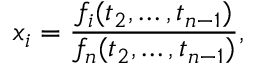
x _ { i } = { \frac { f _ { i } ( t _ { 2 } , \ldots , t _ { n - 1 } ) } { f _ { n } ( t _ { 2 } , \ldots , t _ { n - 1 } ) } } ,